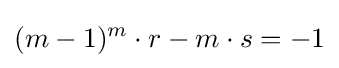
(m-1)^{m}\cdot r-m\cdot s=-1